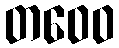
တဝေဝ